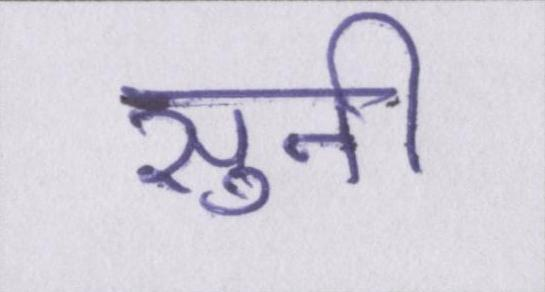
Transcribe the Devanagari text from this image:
सुनी